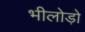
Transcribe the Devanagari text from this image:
भीलोड़ो